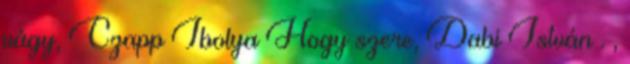
vágy, Czapp Ibolya Hogy szere, Dabi István . ,